Civil Veterinary Department. United Provinces 1923-31 - 1923-1931
Year: 1923
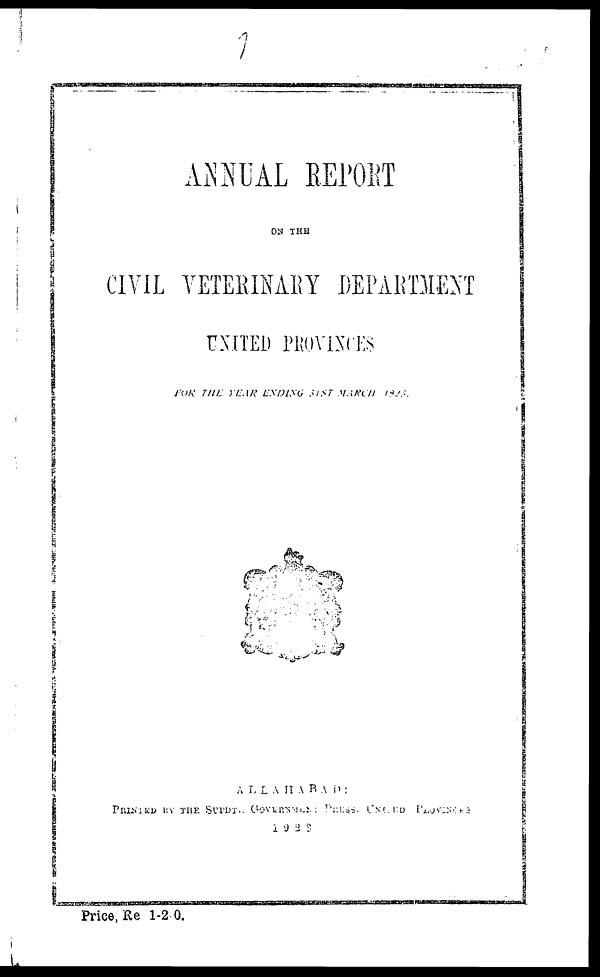
ANNUAL REPORT
ON THE
CIVIL VETERINARY DEPARTMENT
UNITED PROVINCES
FOR THE YEAR ENDING 31ST MARCH 1923.
ALLAHABAD:
PRINTED THE SUPDT., GOVERNMENT PRESS UNITED PROVINCES
1923
Price, Re 1-2-0.